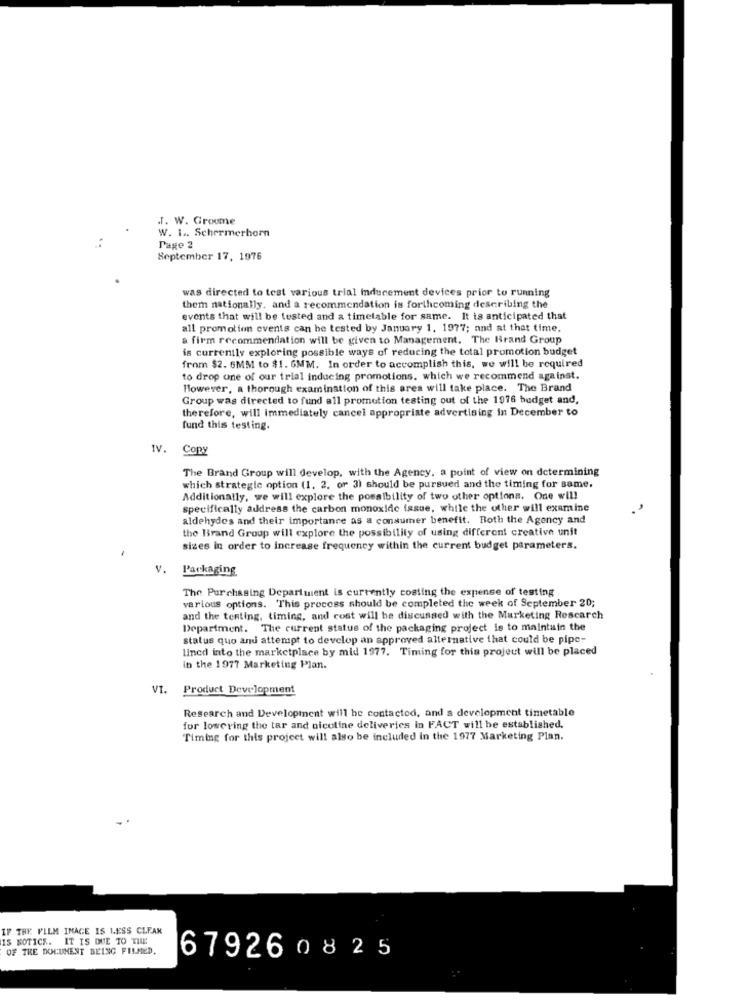
T. W. Groome
W. I .. Schermerhorn
Page 2
September 17, 1976
was directed to test various trial inducement devices prior to running
them nationally, and a recommendation is forthcoming describing the
events that will be tested and a timetable for same. It is anticipated that
all promotion events can be tested by January 1. 1977; and at that time.
a firm recommendation will be given to Management. The Brand Group
is currently exploring possible ways of reducing the total promotion budget
from $2. 6MM to $1. 6MM. In order to accomplish this, we will be required
to drop one of our trial inducing promotions, which we recommend against.
However, a thorough examination of this area will take place. The Brand
Group was directed to fund all promotion testing out of the 1976 budget and,
therefore, will immediately cancel appropriate advertising in December to
fund this testing.
IV.
Copy
The Brand Group will develop, with the Agency, a point of view on determining
which strategie option (1. 2. or 3) should be pursued and the timing for same.
Additionally, we will explore the possibility of two other options. One will
specifically address the carbon monoxide issue, while the other will examine
aldehydes and their importance as a consumer benefit. Both the Agency and
the Brand Group will explore the possibility of using different creative unit
sizes in order to increase frequency within the current budget parameters.
Packaging
The Purchasing Department is currently costing the expense of testing
various options. This process should be completed the week of September 20;
and the tenting, timing, and cost will be discussed with the Marketing Rescarch
Department. The current status of the packaging project is to maintain the
status quo and attempt to develop an approved alternative that could be pipe-
lined into the marketplace by mid 1977. Timing for this project will be placed
in the 1977 Marketing Plan.
VI.
Product Development
Research and Development will be contacted, and a development timetable
for lowering the tar and nicotine deliveries in FACT will be established.
Timing for this project will also be included in the 1977 Marketing Plan.
IF THE FILM IMAGE IS LESS CLEAN
IS NOTICE. IT IS DUE TO THE
OF THE DOCUMENT BEING FILMED.
679260825